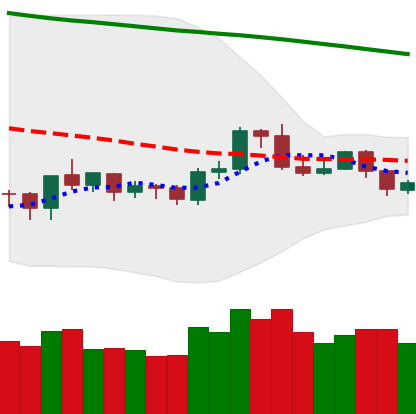
Ticker: ETH-USD
Chart end date: 2019-10-17
Forward return: -3.217%
Label: down_3_5